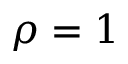
\rho = 1